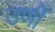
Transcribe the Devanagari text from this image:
उर्णी